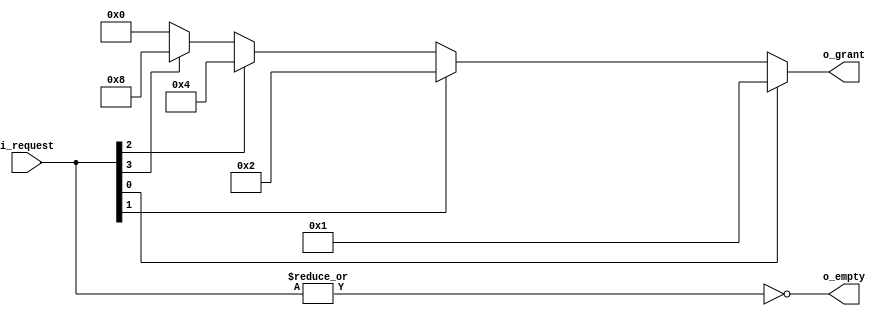
module queue_arbiter #(parameter WIDTH = 4)
                     (output reg [WIDTH-1:0] o_grant,
                      output             o_empty,
                      input  [WIDTH-1:0] i_request);
integer i;

assign o_empty = ~|i_request;

always @(*)
begin
	o_grant = { WIDTH{1'b0} };
	for (i = WIDTH - 1; i >= 0; i = i - 1) begin
		if (i_request[i])
			o_grant = 1 << i;
	end
end

endmodule

/*
module arbiters #(parameter WIDTH = 4)
                (output [WIDTH-1:0] o_grant,
                 output             o_empty,
                 input  [WIDTH-1:0] i_request);
genvar i;
wire [WIDTH-1:0] gg;

assign o_empty = ~|i_request;

assign gg[0] = ~i_request[0];

generate
	for (i = 1; i < WIDTH; i = i + 1) begin
		assign gg[i] = ~gg[i-1] & ~i_request[i];
	end

	for (i = 0; i < WIDTH; i = i + 1) begin
		assign o_grant[i] = gg[i] & i_request[i];
	end
endgenerate

endmodule
*/